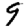
Digit: 9